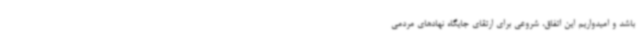
باشد و امیدواریم این اتفاق، شروعی برای ارتقای جایگاه نهادهای مردمی